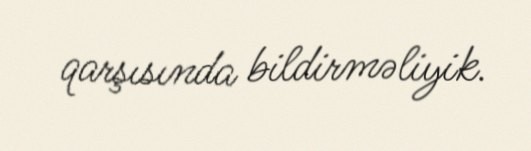
qarşısında bildirməliyik.